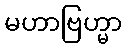
မဟာဗြဟ္မာ